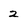
Character: 2